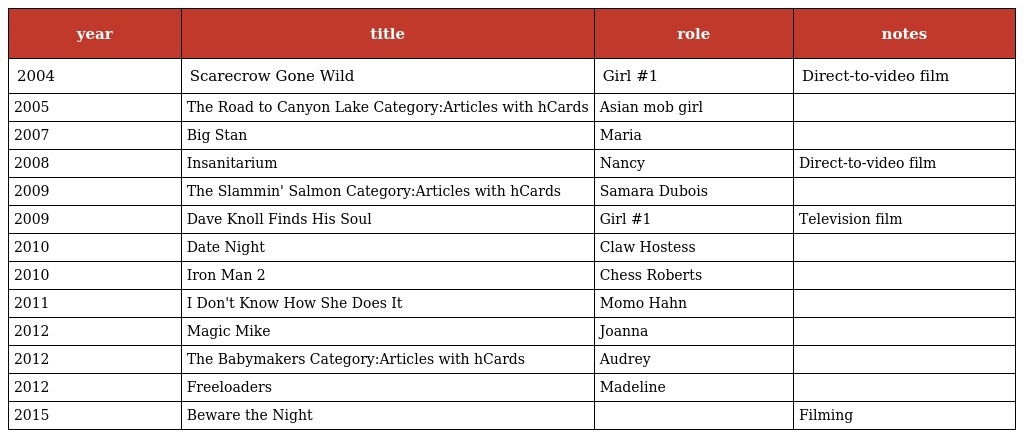
| year | title | role | notes |
 | --- | --- | --- | --- |
 | 2004 | Scarecrow Gone Wild | Girl #1 | Direct-to-video film |
 | 2005 | The Road to Canyon Lake Category:Articles with hCards | Asian mob girl |  |
 | 2007 | Big Stan | Maria |  |
 | 2008 | Insanitarium | Nancy | Direct-to-video film |
 | 2009 | The Slammin' Salmon Category:Articles with hCards | Samara Dubois |  |
 | 2009 | Dave Knoll Finds His Soul | Girl #1 | Television film |
 | 2010 | Date Night | Claw Hostess |  |
 | 2010 | Iron Man 2 | Chess Roberts |  |
 | 2011 | I Don't Know How She Does It | Momo Hahn |  |
 | 2012 | Magic Mike | Joanna |  |
 | 2012 | The Babymakers Category:Articles with hCards | Audrey |  |
 | 2012 | Freeloaders | Madeline |  |
 | 2015 | Beware the Night |  | Filming |